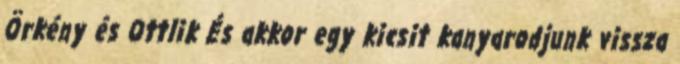
Örkény és Ottlik És akkor egy kicsit kanyarodjunk vissza